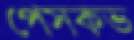
পেসকভ